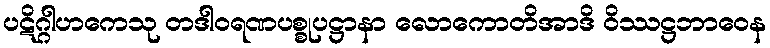
ပဋိဂ္ဂါဟကေသု တဒါဝရဏပစ္စုပဋ္ဌာနာ လောကောတိအာဒိ ဝိဿဋ္ဌဘာဝေန